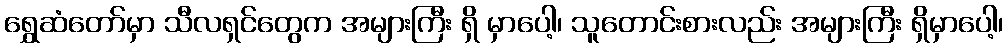
ရွှေဆံတော်မှာ သီလရှင်တွေက အများကြီး ရှိ မှာပေါ့၊ သူတောင်းစားလည်း အများကြီး ရှိမှာပေါ့၊